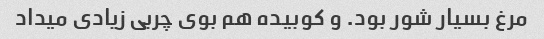
مرغ بسیار شور بود. و کوبیده هم بوی چربی زیادی میداد